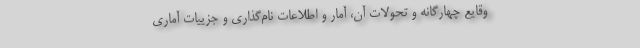
وقایع چهارگانه و تحولات آن، آمار و اطلاعات نام‌گذاری و جزییات آماری